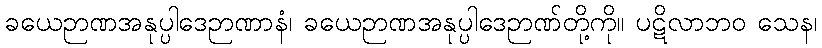
ခယေဉာဏအနုပ္ပါဒေဉာဏာနံ၊ ခယေဉာဏအနုပ္ပါဒေဉာဏ်တို့ကို။ ပဋိလာဘဝ သေန၊